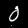
Digit: 0